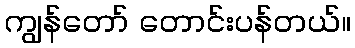
ကျွန်တော် တောင်းပန်တယ်။